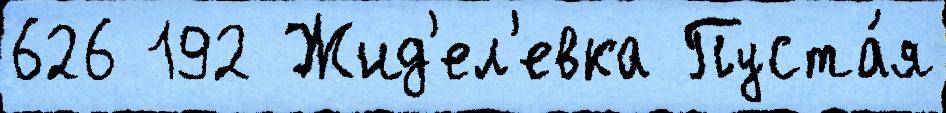
626 192 Жид'ел'евка Пуста́я